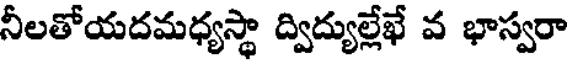
నీలతోయదమధ్యస్థా ద్విద్యుల్లేఖే వ భాస్వరా